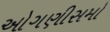
ઓગણીસમો